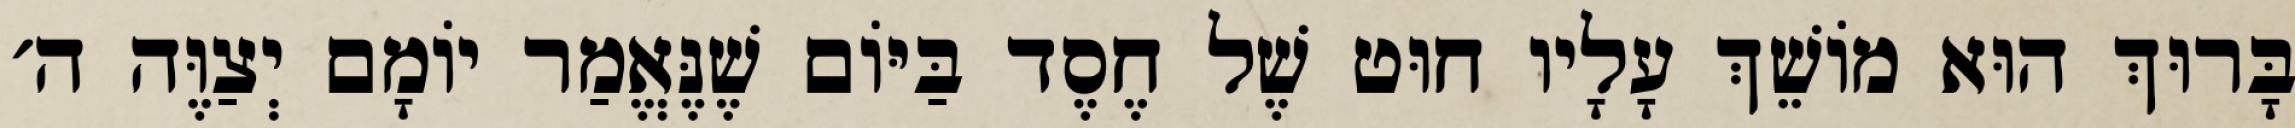
בָּרוּךְ הוּא מוֹשֵׁךְ עָלָיו חוּט שֶׁל חֶסֶד בַּיּוֹם שֶׁנֶּאֱמַר יוֹמָם יְצַוֶּה ה׳